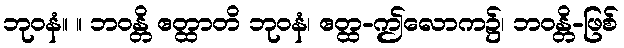
ဘုဝနံ။ ။ ဘဝန္တိ ဧတ္ထာတိ ဘုဝနံ၊ ဧတ္ထ-ဤလောက၌၊ ဘဝန္တိ-ဖြစ်